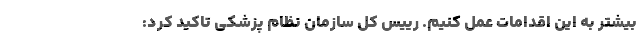
بیشتر به این اقدامات عمل کنیم. رییس کل سازمان نظام پزشکی تاکید کرد: